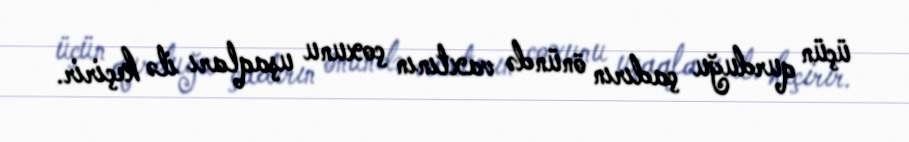
üçün qurduğu çadırın önündə vaxtının çoxunu uşaqları ilə keçirir.